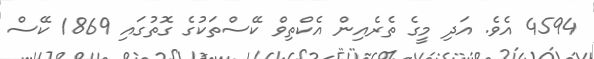
4594 އެވެ. އަދި މީގެ ތެރެއިން އެކްތިވް ކޭސްތަކުގެ ގޮތުގައި 1869 ކޭސް